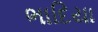
ભાદિયા